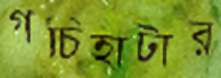
গচিহাটার